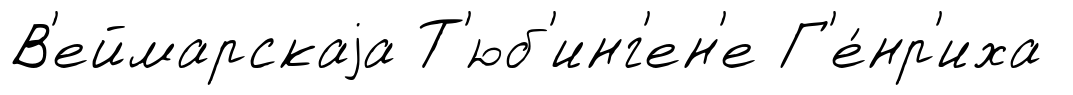
В'еймарскаjа Т'юб'инг'ен'е Г'е́нр'иха